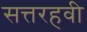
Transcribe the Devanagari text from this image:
सत्तरहवी